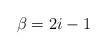
LaTeX: \begin{align*}\beta=2i-1\end{align*}